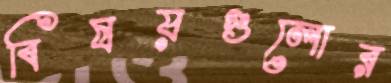
বিষয়গুলোর